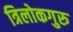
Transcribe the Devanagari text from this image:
त्रिलोकगुरु